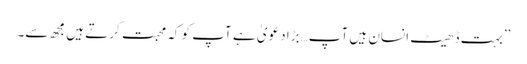
’’بہت ڈھیٹ انسان ہیں آپ…بڑا دعویٰ ہے آپ کو کہ محبت کرتے ہیں مجھ سے۔